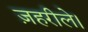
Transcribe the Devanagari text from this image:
ज़हरीले।